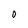
Character: 0